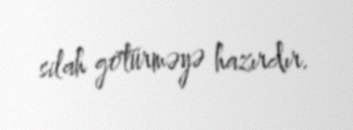
silah götürməyə hazırdır.